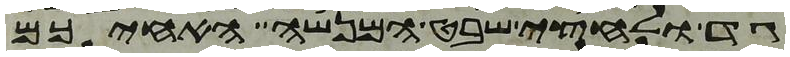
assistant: גד ולחצי שבט המנשה האחיכם